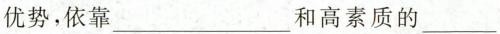
优势，依靠___和高素质的__